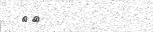
٩٠